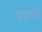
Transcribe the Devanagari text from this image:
प्रहरीं